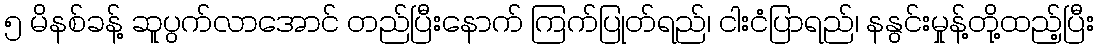
၅ မိနစ်ခန့် ဆူပွက်လာအောင် တည်ပြီးနောက် ကြက်ပြုတ်ရည်၊ ငါးငံပြာရည်၊ နနွင်းမှုန့်တို့ထည့်ပြီး